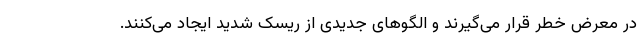
در معرض خطر قرار می‌گیرند و الگوهای جدیدی از ریسک شدید ایجاد می‌کنند.